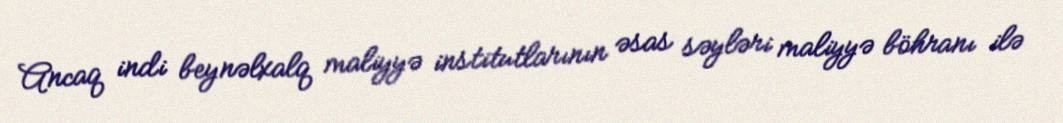
Ancaq indi beynəlxalq maliyyə institutlarının əsas səyləri maliyyə böhranı ilə